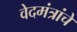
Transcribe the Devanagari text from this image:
वेदमंत्रांचे